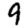
Digit: 9